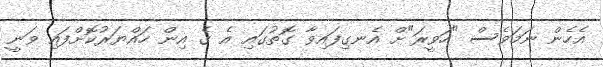
އެހެން ނަމަވެސް "ހަވީރަ"ށް އެނގިފައިވާ ގޮތުގައި އެ ގެ އިން ހައްޔަރުކޮށްފައި ވަަނީ